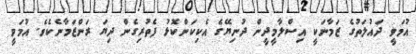
އުމަވީ ދައުލަތުގެ ޒަމާނަކީ އިސްލާމީދީން ދުނިޔޭގެ އެކިކަންކޮޅު ފެތުރިގެން ދިޔަ ރަންޒަމާނެކެވެ. އުމަވީ